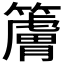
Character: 𰪠